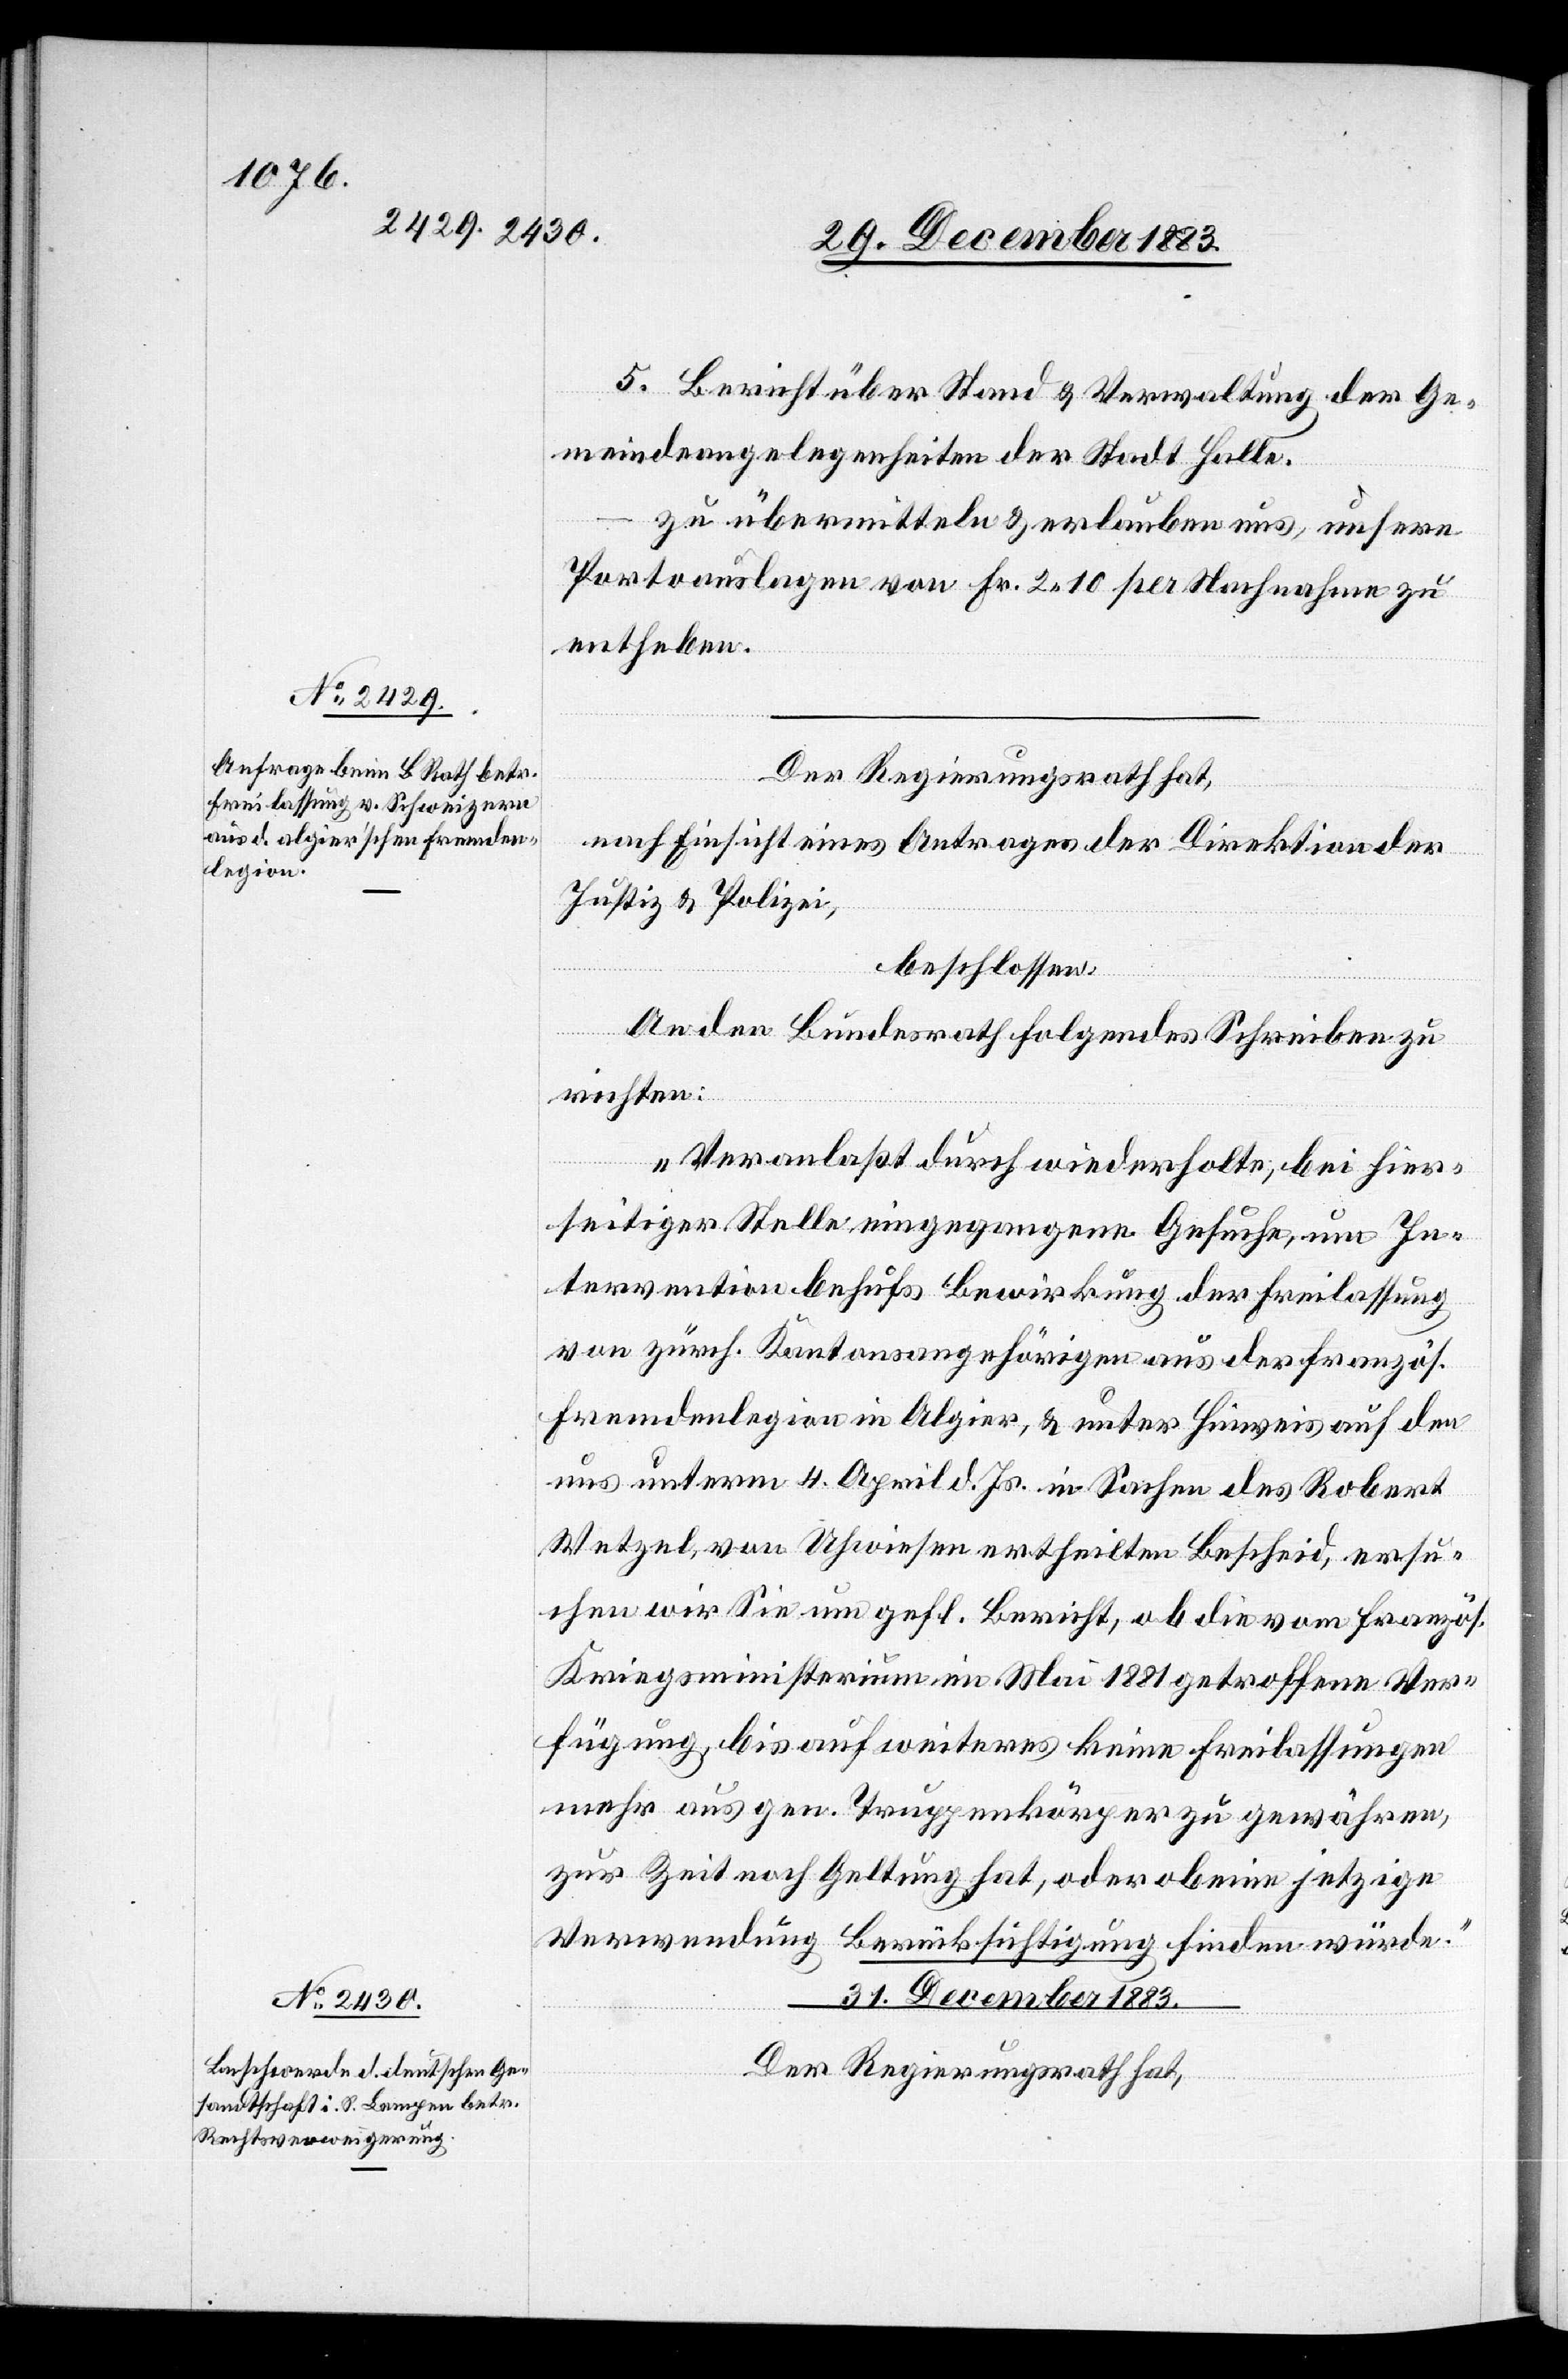
29. December 1883.]
5. Bericht über Stand & Verwaltung der Ge¬
meindeangelegenheiten der Stadt Halle.
–
zu übermitteln & erlauben uns, unsere
Portoauslagen von Fr. 2 10 per Nachnahme zu
entheben.“
[Präsidial-Verfügungen.
nach Einsicht eines Antrages der Direktion der
Justiz & Polizei,
beschlossen:
An den Bundesrath folgendes Schreiben zu
richten:
„Veranlaßt durch wiederholte, bei hier¬
seitiger Stelle eingegangene Gesuche, um In¬
tervention behufs Bewirkung der Freilassung
von zürch. Kantonsangehörigen aus der französ.
Fremdenlegion in Algier, & unter Hinweis auf den
aus unterm 4. April d. Js. in Sachen des Robert
Wetzel, von Uhwiesen ertheilten Bescheid, ersu¬
chen wir Sie um gefl. Bericht, ob die vom französ.
Kriegsministerium im Mai 1881 getroffene Ver¬
fügung, bis auf weiteres keine Freilassungen
mehr aus gen. Truppenkörper zu gewähren,
zur Zeit noch Geltung hat, oder ob eine jetzige
Verwendung Berücksichtigung finden würde.“
31. December 1883.
Der Regierungsrath hat,